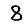
Digit: 8